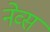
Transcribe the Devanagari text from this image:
नेव्स